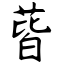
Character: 蒈